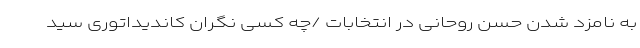
به نامزد شدن حسن روحانی در انتخابات /چه کسی نگران کاندیداتوری سید